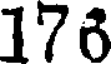
176